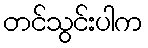
တင်သွင်းပါက